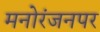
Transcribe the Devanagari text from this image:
मनोरंजनपर